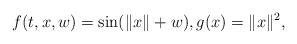
LaTeX: \begin{align*}f(t,x,w)= \sin (\lVert x \rVert +w),g(x)=\lVert x\rVert^2,\end{align*}